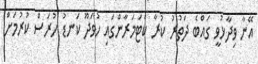
އޭނާ ވިދާޅުވީ ގައްބެ ދަތުރު ކުރާ ކެޓަމަރާންގައި ހުވަދޫ ކަނޑު ހުރަސް ކުރުމަށް